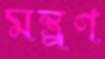
মন্ত্র্রণ